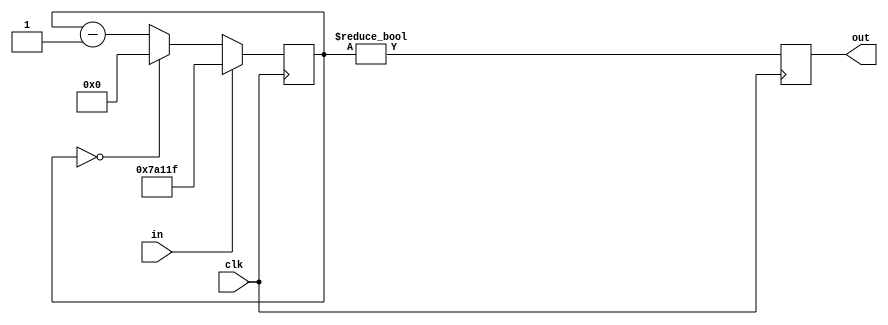
module pulse_extender
    (
        input wire clk,
        input wire in,
        output reg out
    );

    localparam BITS = 20;
    localparam COOLOFF = 20'd499999;

    // state
    reg [BITS-1:0] counter;

    // next state logic
    wire [BITS-1:0] counter_subbed_saturated = (counter == 0) ? 20'd0 : (counter - 20'd1);
    wire [BITS-1:0] counter_next = in ? COOLOFF : counter_subbed_saturated;
    wire out_next = (counter != 0);

    initial begin
        counter = 0;
        out = 0;
    end

    always @(posedge clk) begin
        counter <= counter_next;
        out <= out_next;
    end
endmodule